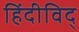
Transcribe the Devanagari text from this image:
हिंदीविद्‍